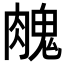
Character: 𦞱